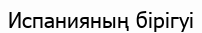
Испанияның бірігуі